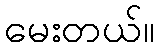
မေးတယ်။